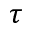
\tau